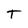
Character: T